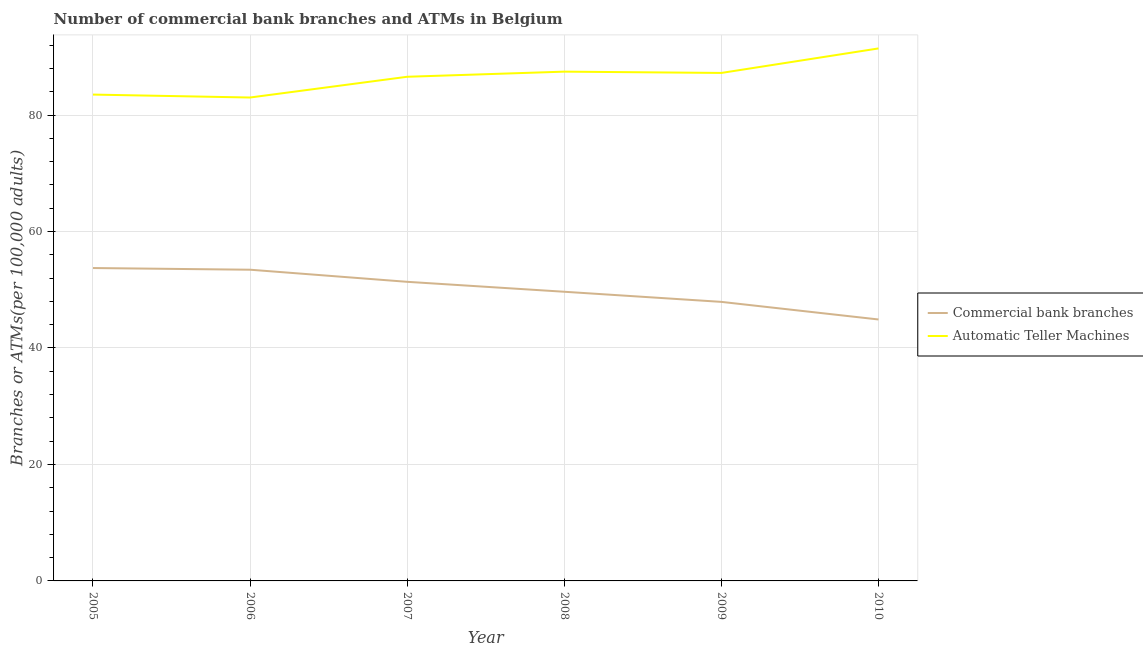
| Year | Commercial bank branches | Automatic Teller Machines |
 | --- | --- | --- |
 | 2005 | 53.7 | 83.5 |
 | 2006 | 53.4 | 83 |
 | 2007 | 51.4 | 86.6 |
 | 2008 | 49.7 | 87.5 |
 | 2009 | 47.9 | 87.2 |
 | 2010 | 44.9 | 91.4 |